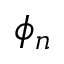
\phi _ { n }